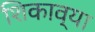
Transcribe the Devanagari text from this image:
शिकाव्या